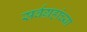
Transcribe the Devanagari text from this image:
सर्वग्रहांच्या